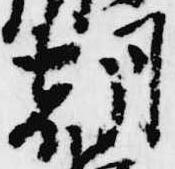
朝